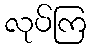
လုပ်ကြ